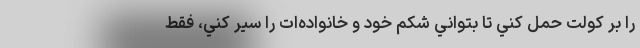
را بر كولت حمل كني تا بتواني شكم خود و خانواده‌ات را سير كني، فقط